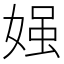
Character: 𡟎